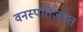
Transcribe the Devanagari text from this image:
वनस्पतिजगत